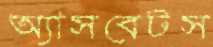
অ্যাসবেটস